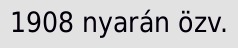
1908 nyarán özv.